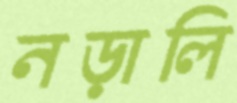
নড়ালি